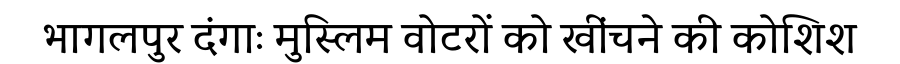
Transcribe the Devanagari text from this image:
भागलपुर दंगाः मुस्लिम वोटरों को खींचने की कोशिश